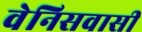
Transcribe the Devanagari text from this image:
वेनिसवासी